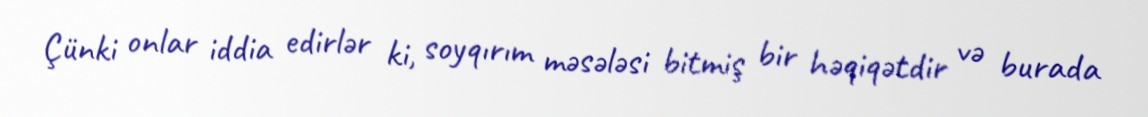
Çünki onlar iddia edirlər ki, soyqırım məsələsi bitmiş bir həqiqətdir və burada